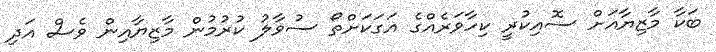
ބަކާ މާޒިޔާއަށް ސޮއިކުރީ ކިހާވަރެއްގެ އަގަކަށްތޯ ސުވާލު ކުރުމުން މާޒިޔާއިން ވެސް އަދި